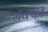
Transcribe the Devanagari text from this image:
मॅक्फी